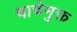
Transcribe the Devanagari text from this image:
चाचेमुक्त